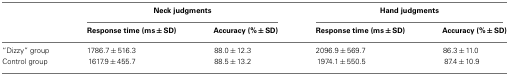
|  | <COLSPAN=2> Neck judgments | <COLSPAN=2> Hand judgments |
 |  | Response time (ms ± SD) | Accuracy (% ± SD) | Response time (ms ± SD) | Accuracy (% ± SD) |
 | --- | --- | --- | --- | --- |
 | “Dizzy” group | 1786.7 ± 516.3 | 88.0 ± 12.3 | 2096.9 ± 569.7 | 86.3 ± 11.0 |
 | Control group | 1617.9 ± 455.7 | 88.5 ± 13.2 | 1974.1 ± 550.5 | 87.4 ± 10.9 |